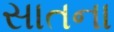
સાતના